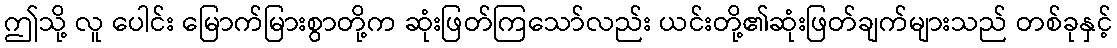
ဤသို့ လူ ပေါင်း မြောက်မြားစွာတို့က ဆုံးဖြတ်ကြသော်လည်း ယင်းတို့၏ဆုံးဖြတ်ချက်များသည် တစ်ခုနှင့်